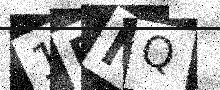
Text: 1EMQ